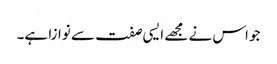
جو اس نے مجھے ایسی صفت سے نوازا ہے۔